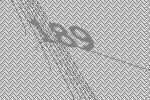
189